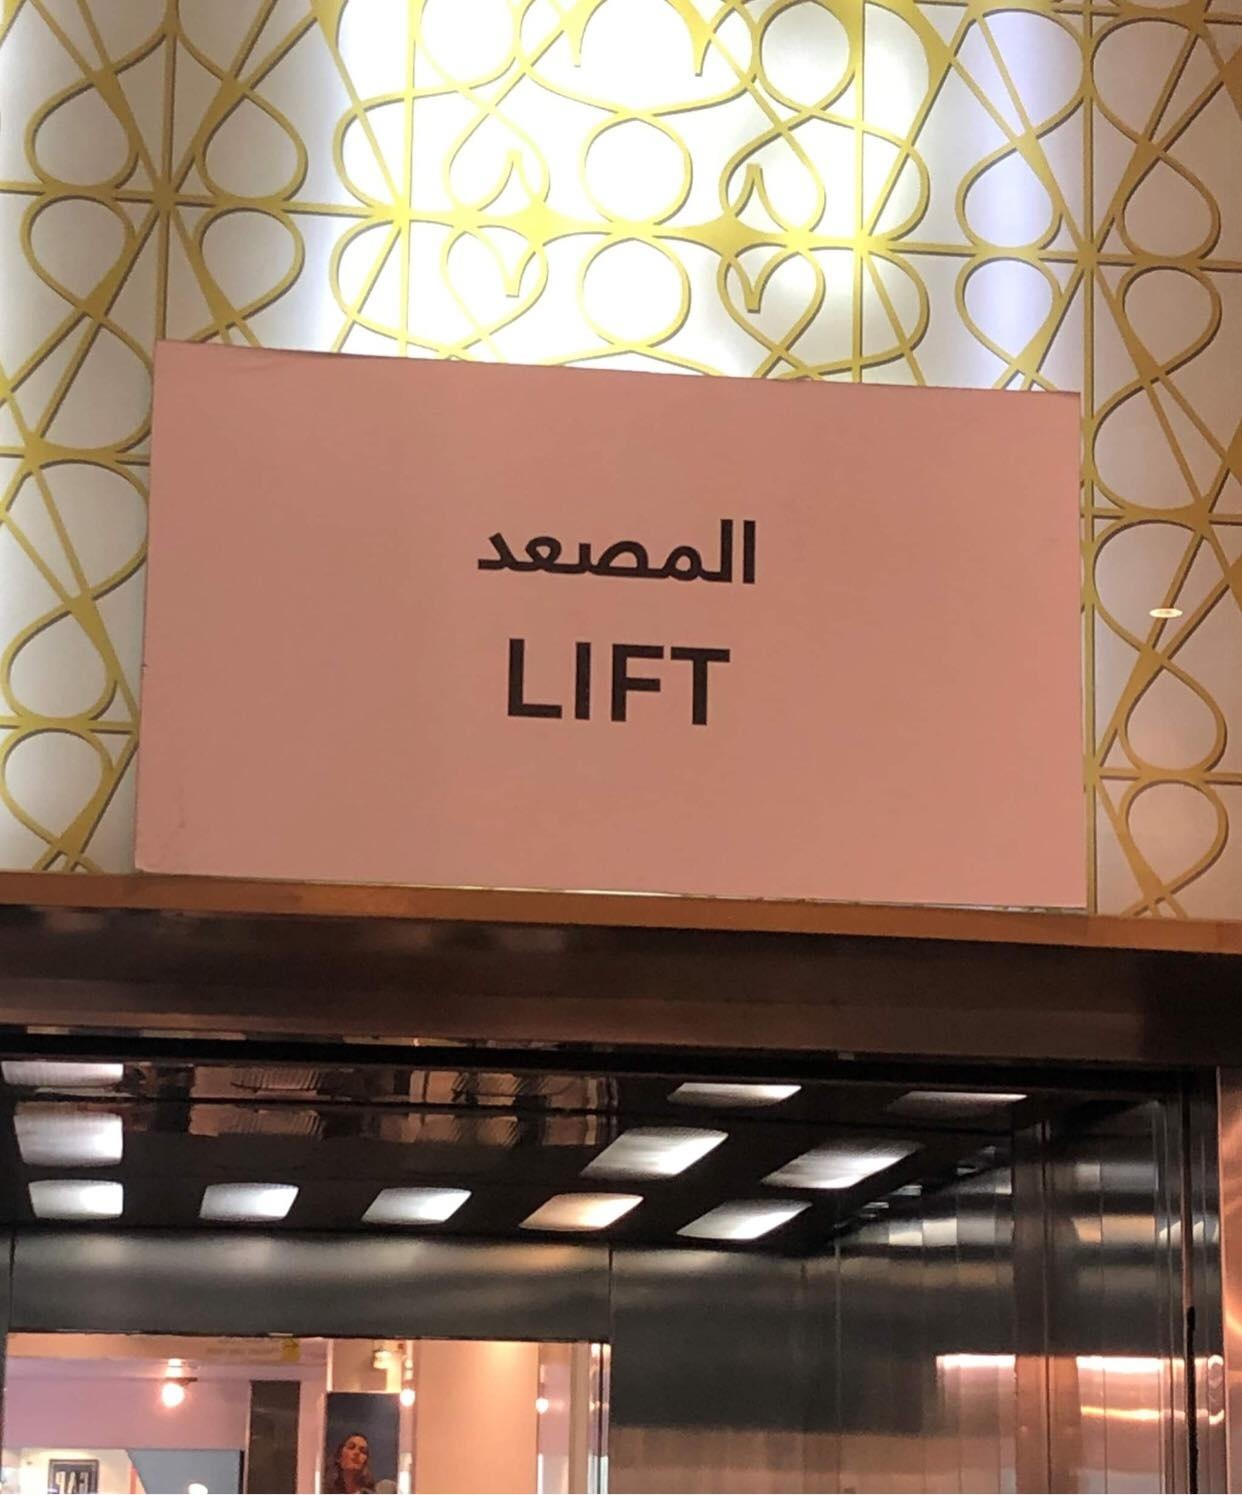
Text in image: المصعد LIFT